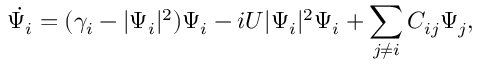
\dot { \Psi _ { i } } = ( \gamma _ { i } - | \Psi _ { i } | ^ { 2 } ) \Psi _ { i } - i U | \Psi _ { i } | ^ { 2 } \Psi _ { i } + \sum _ { j \ne i } { \cal C } _ { i j } \Psi _ { j } ,